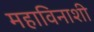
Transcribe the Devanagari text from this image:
महाविनाशी